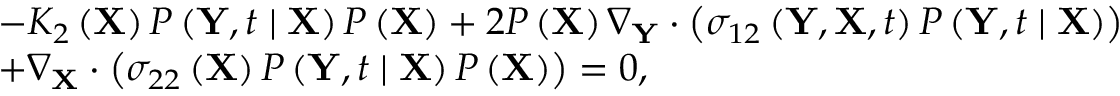
\begin{array} { r l } & { - K _ { 2 } \left( \mathbf { X } \right) P \left( \mathbf { Y } , t \mid \mathbf { X } \right) P \left( \mathbf { X } \right) + 2 P \left( \mathbf { X } \right) \nabla _ { \mathbf { Y } } \cdot \left( \sigma _ { 1 2 } \left( \mathbf { Y } , \mathbf { X } , t \right) P \left( \mathbf { Y } , t \mid \mathbf { X } \right) \right) } \\ & { + \nabla _ { \mathbf { X } } \cdot \left( \sigma _ { 2 2 } \left( \mathbf { X } \right) P \left( \mathbf { Y } , t \mid \mathbf { X } \right) P \left( \mathbf { X } \right) \right) = 0 , } \end{array}